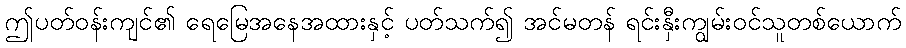
ဤပတ်ဝန်းကျင်၏ ရေမြေအနေအထားနှင့် ပတ်သက်၍ အင်မတန် ရင်းနှီးကျွမ်းဝင်သူတစ်ယောက်